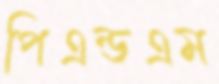
পিএন্ডএম